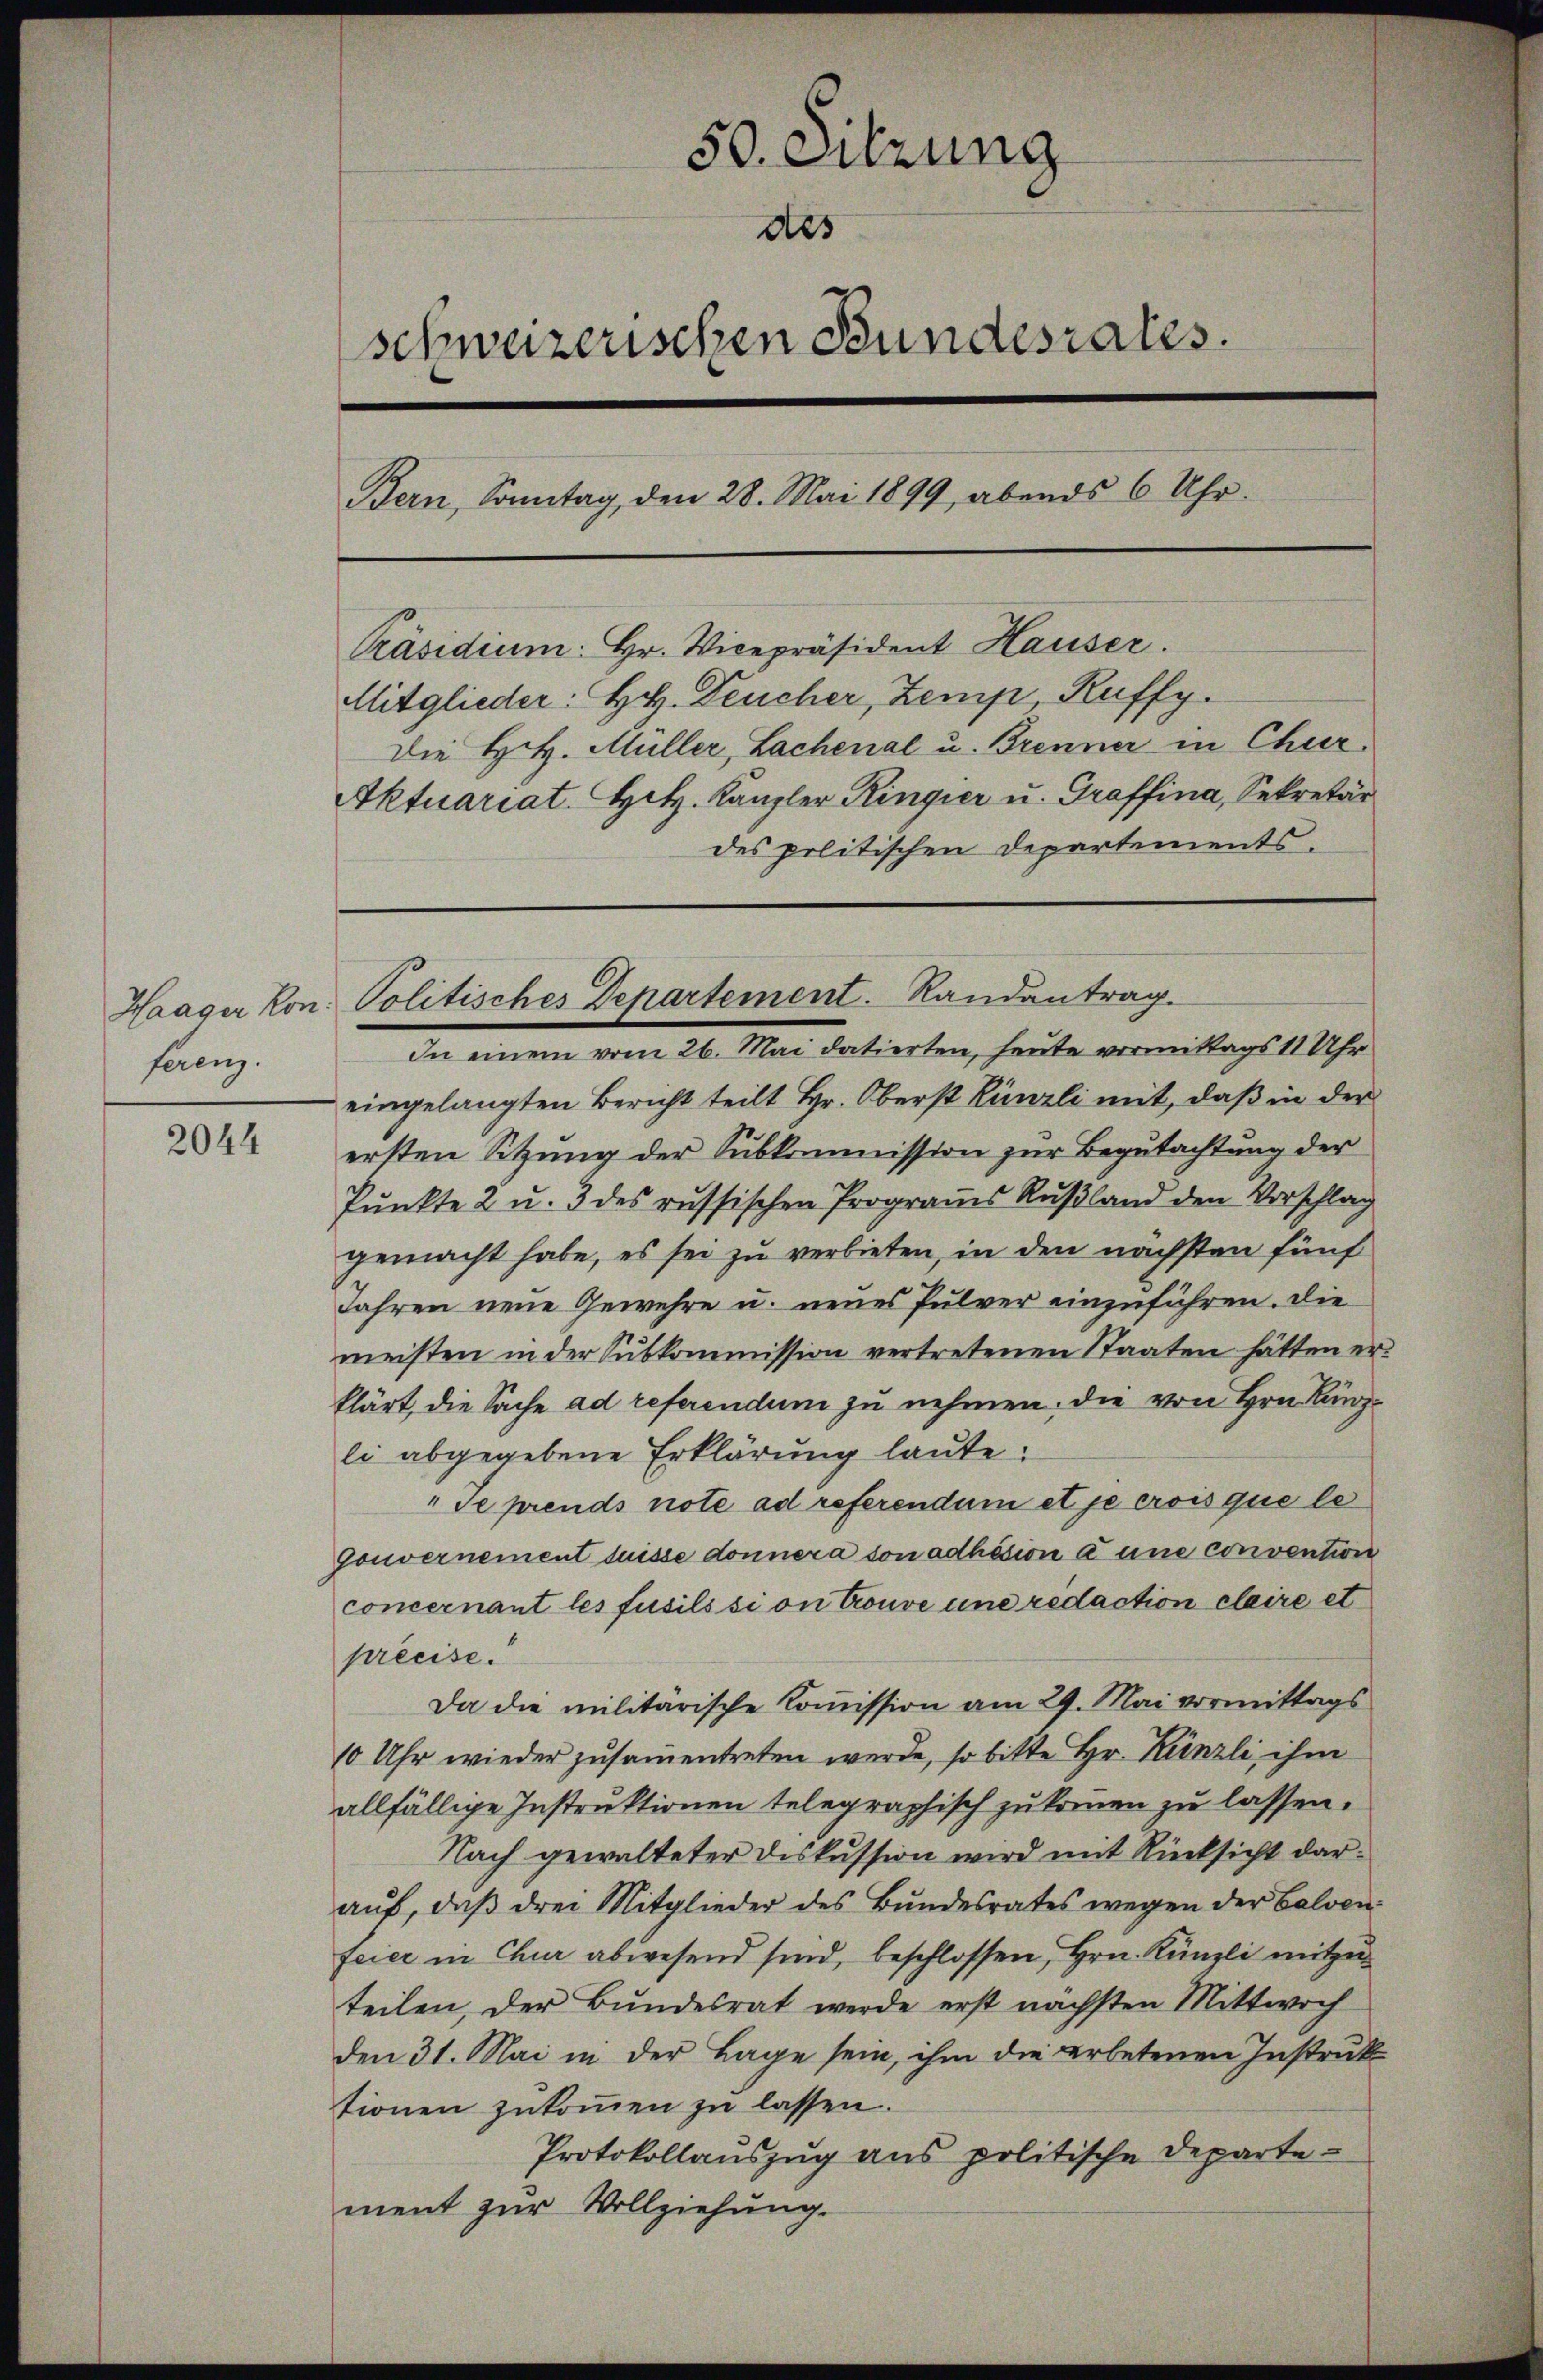
ferenz.

2044

50. Sitzung
des
schweizerischen Bundesrates.
Bern, Sonntag, den 28. Mai 1899, abends 6 Uhr.
Präsidium. Hr. Vicepräsident Hauser.
Mitglieder: Hr. Deucher, Zemp Kuffy.
Die H.H. Müller, Lachenal u. Brenner in Chur¬
Aktuariat. Hil. Kanzler Ringier u. Graffina, Sekretär
des politischen Departements.

Haager Kon. Politisches Departement. Randantrag.

In einem vom 26. Mai datierten, heute vormittags 11 Uhr
eingelangten Bericht teilt Hr. Oberst Künzli mit, daß in der
ersten Sitzung der Subkommission zur Begutachtung der
Punkte 2 u. 3 des russischen Programs Rußland den Vorschlag
gemacht habe, es sei zu verbieten, in den nächsten fünf
Jahren neue Gewehre u. neues Pulver einzuführen. Die
meisten in der Sŭbkommission vertretenen Staaten hätten er
klärt, die Sache ad referendum zu nehmen, die von Hrn. Kanzli abgegebene Erklärung laute:
" se prends note ad referendum et je crois que le
Gouvernement suisse donnera son adhäsion à une convention
concernant les fusils si on trouve une redaction cleire et
preeise.
Da die militärische Commission am 29. Mai vormittags
10 Uhr wieder zusammentreten werde, so bitte Hr. Künzli, ihm
allfällige Instruktionen telegraphisch zu kommen zu lassen.
Nach gewalteter Diskussion wird mit Rücksicht daraŭf, daß drei Mitglieder des Bundesrates wegen der Calven
feier in Chur abwesend sind, beschlossen, Hrn. Künzli mitzuteilen, der Bundesrat werde erst nächsten Mittwoch
den 31. Mai in der Lage sein, ihm die erbetenen Instruk
tionen zukommen zu lassen.
Protokollauszug aus politische Departement zur Vollziehung.